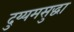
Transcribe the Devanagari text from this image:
दुय्यमसुद्धा